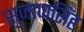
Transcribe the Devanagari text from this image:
सुजाणसिंह